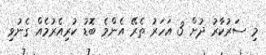
މި ސަރުކާރު ދުށް 3 އަހަރު ތެރޭ އެންމެ ބޮޑު ކުރިއެރުމެއް ގެނުވި